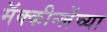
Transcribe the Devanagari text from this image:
मॅक्कीन्लेंच्या